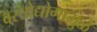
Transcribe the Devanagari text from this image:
वस्त्रोद्योगामुळे